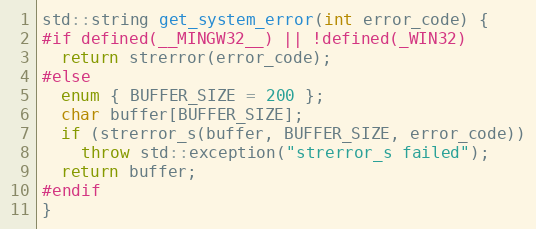
Language: C++
std::string get_system_error(int error_code) {
#if defined(__MINGW32__) || !defined(_WIN32)
  return strerror(error_code);
#else
  enum { BUFFER_SIZE = 200 };
  char buffer[BUFFER_SIZE];
  if (strerror_s(buffer, BUFFER_SIZE, error_code))
    throw std::exception("strerror_s failed");
  return buffer;
#endif
}